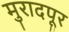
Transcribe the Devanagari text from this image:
मुरादपूर